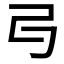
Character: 𠃚